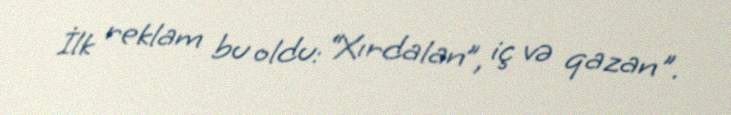
İlk reklam bu oldu: “Xırdalan”, iç və qazan".